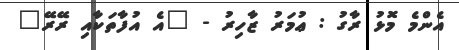
އެންމެ މޮޅު ރާގު : ޢުމަރު ޒާހިރު - "އެ އުފާތަކާއި ރޭރޭ"